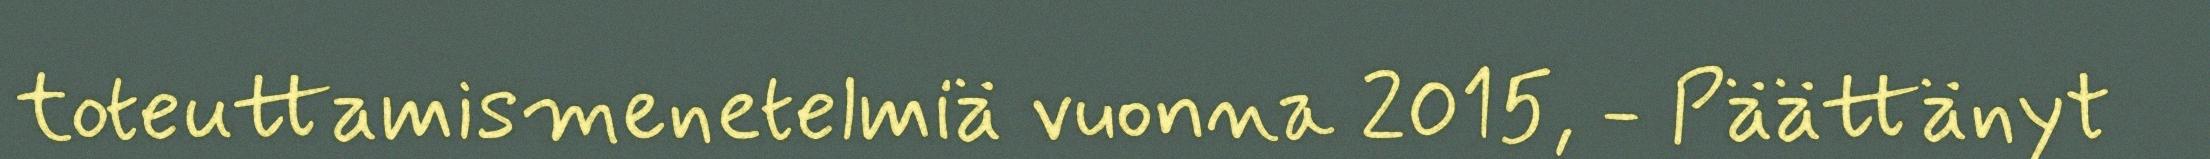
toteuttamismenetelmiä vuonna 2015, - Päättänyt